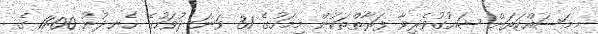
މިމަސައްކަތަށް ޝައުގުވެރިވާ ފަރާތްތަކުން މިމަހުގެ 31 ވަނަ ދުވަހުގެ ހެނދުނު 11:00 ގެ